Indian journal of veterinary science and animal husbandry - Volumes 15-17, 1948-1951
Year: 1948
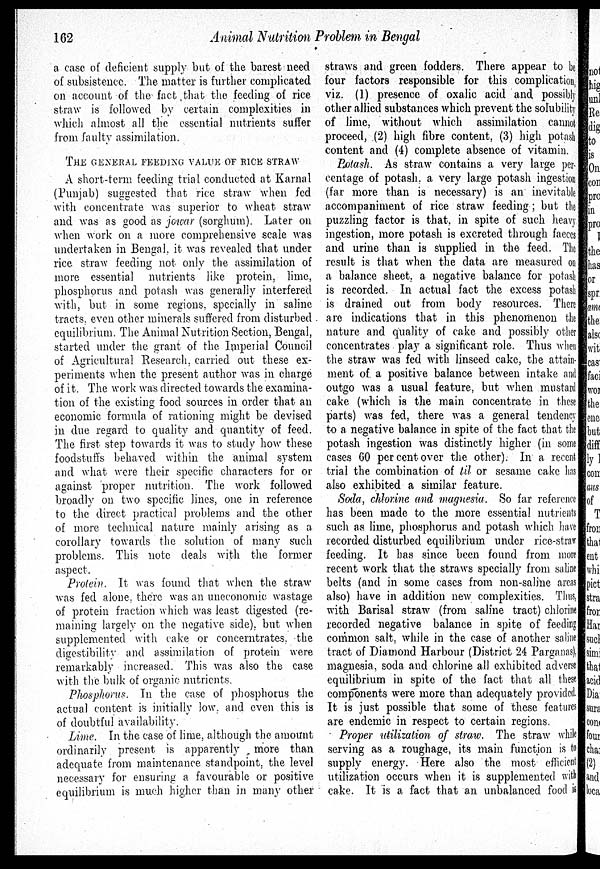
162
Animal Nutrition Problem in Bengal
a case of deficient supply but of the barest need
of subsistence. The matter is further complicated
on account of the fact that the feeding of rice
straw is followed by certain complexities in
which almost all the essential nutrients suffer
from faulty assimilation.
THE GENERAL FEEDING VALUE OF RICE STRAW
A short-term feeding trial conducted at Karnal
(Punjab) suggested that rice straw when fed
with concentrate was superior to wheat straw
and was as good as jowar (sorghum). Later on
when work on a more comprehensive scale was
undertaken in Bengal, it was revealed that under
rice straw feeding not only the assimilation of
more essential nutrients like protein, lime,
phosphorus and potash was generally interfered
with, but in some regions, specially in saline
tracts, even other minerals suffered from disturbed
equilibrium. The Animal Nutrition Section, Bengal,
started under the grant of the Imperial Council
of Agricultural Research, carried out these ex-
periments when the present author was in charge
of it. The work was directed towards the examina-
tion of the existing food sources in order that an
economic formula of rationing might be devised
in due regard to quality and quantity of feed.
The first step towards it was to study how these
foodstuffs behaved within the animal system
and what were their specific characters for or
against proper nutrition. The work followed
broadly on two specific lines, one in reference
to the direct practical problems and the other
of more technical nature mainly arising as a
corollary towards the solution of many such
problems. This note deals with the former
aspect.
Protein. It was found that when the straw
was fed alone, there was an uneconomic wastage
of protein fraction which was least digested (re-
maining largely on the negative side), but when
supplemented with cake or concerntrates. the
digestibility and assimilation of protein were
remarkably increased. This was also the case
with the bulk of organic nutrients.
Phosphorus. In the case of phosphorus the
actual content is initially low and even this is
of doubtful availability.
Lime. In the case of lime, although the amount
ordinarily present is apparently more than
adequate from maintenance standpoint, the level
necessary for ensuring a favourable or positive
equilibrium is much higher than in many other
straws and green fodders. There appear to be
four factors responsible for this complication,
viz. (1) presence of oxalic acid and possibly
other allied substances which prevent the solubility
of lime, without which assimilation cannot
proceed, (2) high fibre content, (3) high potash
content and (4) complete absence of vitamin.
Potash. As straw contains a very large per-
centage of potash, a very large potash ingestion
(far more than is necessary) is an inevitable
accompaniment of rice straw feeding; but the
puzzling factor is that, in spite of such heavy
ingestion, more potash is excreted through faeces
and urine than is supplied in the feed. The
result is that when the data are measured on
a balance sheet, a negative balance for potash
is recorded. In actual fact the excess potash
is drained out from body resources. There
are indications that in this phenomenon the
nature and quality of cake and possibly other
concentrates play a significant role. Thus when
the straw was fed with linseed cake, the attain-
ment of a positive balance between intake and
outgo was a usual feature, but when mustard
cake (which is the main concentrate in these
parts) was fed, there was a general tendency
to a negative balance in spite of the fact that the
potash ingestion was distinctly higher (in some
cases 60 per cent over the other). In a recent
trial the combination of til or sesame cake has
also exhibited a similar feature.
Soda, chlorine and magnesia. So far reference
has been made to the more essential nutrients
such as lime, phosphorus and potash which have
recorded disturbed equilibrium under rice-straw
feeding. It has since been found from more
recent work that the straws specially from saline
belts (and in some cases from non-saline areas
also) have in addition new complexities. Thus,
with Barisal straw (from saline tract) chlorine
recorded negative balance in spite of feeding
common salt, while in the case of another saline
tract of Diamond Harbour (District 24 Parganas),
magnesia, soda and chlorine all exhibited adverse
equilibrium in spite of the fact that all these
components were more than adequately provided.
It is just possible that some of these features
are endemic in respect to certain regions.
Proper utilization of straw. The straw while
serving as a roughage, its main function is to
supply energy. Here also the most efficient
utilization occurs when it is supplemented with
cake. It is a fact that an unbalanced food is